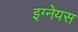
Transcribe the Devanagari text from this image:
इग्नेयस